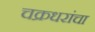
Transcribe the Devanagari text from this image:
चक्रधरांचा